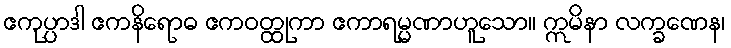
ဧကုပ္ပာဒါ ဧကနိရောဓ ဧကဝတ္ထုကာ ဧကာရမ္မဏာဟူသော။ ဣမိနာ လက္ခဏေန၊